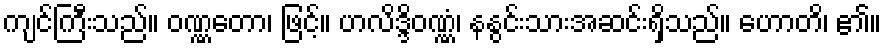
ကျင်ကြီးသည်။ ဝဏ္ဏတော၊ ဖြင့်။ ဟလိဒ္ဒိဝဏ္ဏံ၊ နနွင်းသားအဆင်းရှိသည်။ ဟောတိ၊ ၏။